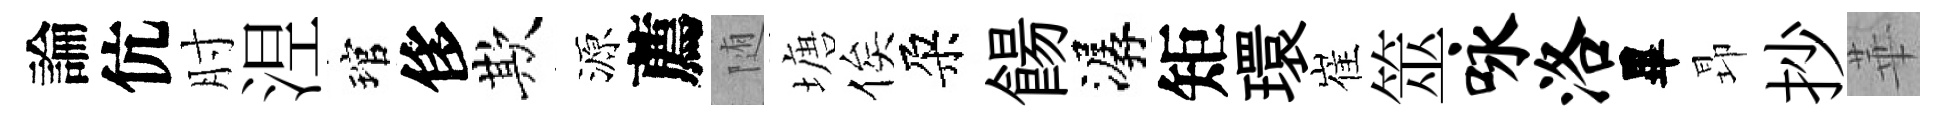
論伉肘𣵀琯侈欺源薦随塘俟朶餳潺矩環崔筮咏洛畢昻抄華